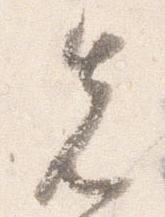
先